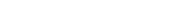
١١٠